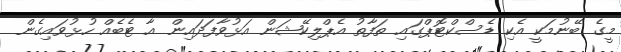
މީގެ ބޭނުމަކީ އެކި ޑެސްކްޓޮޕްގައި ތަފާތު އެޕްލިކޭޝަން އަޅުވާފަދައިން އާ ޓެބެއް ހުޅުވައިގެން